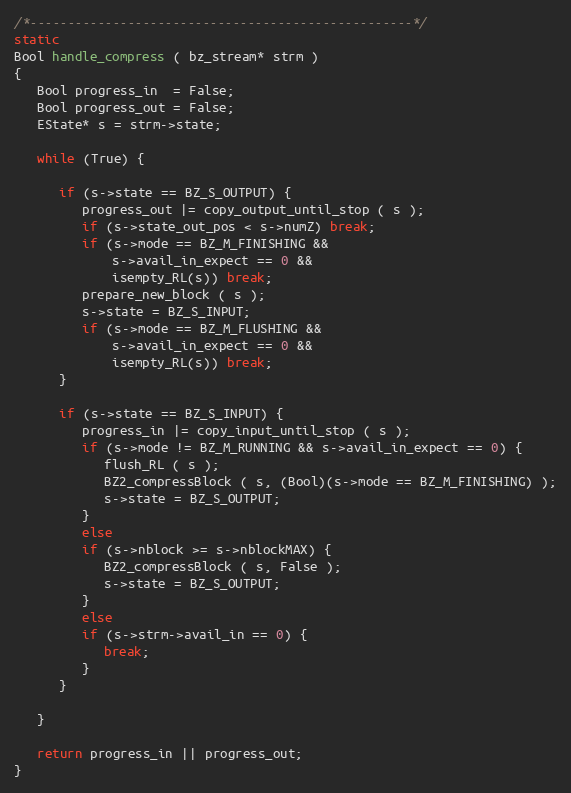
Language: C
/*---------------------------------------------------*/
static
Bool handle_compress ( bz_stream* strm )
{
   Bool progress_in  = False;
   Bool progress_out = False;
   EState* s = strm->state;

   while (True) {

      if (s->state == BZ_S_OUTPUT) {
         progress_out |= copy_output_until_stop ( s );
         if (s->state_out_pos < s->numZ) break;
         if (s->mode == BZ_M_FINISHING &&
             s->avail_in_expect == 0 &&
             isempty_RL(s)) break;
         prepare_new_block ( s );
         s->state = BZ_S_INPUT;
         if (s->mode == BZ_M_FLUSHING &&
             s->avail_in_expect == 0 &&
             isempty_RL(s)) break;
      }

      if (s->state == BZ_S_INPUT) {
         progress_in |= copy_input_until_stop ( s );
         if (s->mode != BZ_M_RUNNING && s->avail_in_expect == 0) {
            flush_RL ( s );
            BZ2_compressBlock ( s, (Bool)(s->mode == BZ_M_FINISHING) );
            s->state = BZ_S_OUTPUT;
         }
         else
         if (s->nblock >= s->nblockMAX) {
            BZ2_compressBlock ( s, False );
            s->state = BZ_S_OUTPUT;
         }
         else
         if (s->strm->avail_in == 0) {
            break;
         }
      }

   }

   return progress_in || progress_out;
}